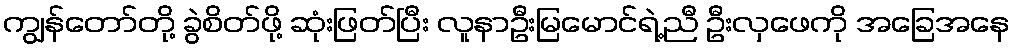
ကျွန်တော်တို့ ခွဲစိတ်ဖို့ ဆုံးဖြတ်ပြီး လူနာဦးမြမောင်ရဲ့ညီ ဦးလှဖေကို အခြေအနေ